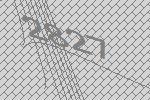
2827